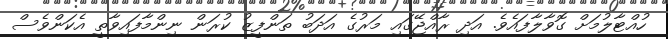
ހުއްޓާލުމަށް ގޮވާލާފައެވެ. އަދި ރާއްޖޭގައި މަރުގެ އަދަބު ތަންފީޒު ކުރަން ނިންމާފައިވާތީ އެކަންވެސް